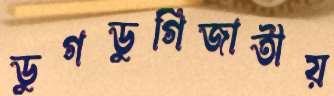
ডুগডুগিজাতীয়